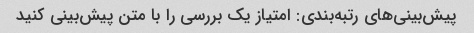
پیش‌بینی‌های رتبه‌بندی: امتیاز یک بررسی را با متن پیش‌بینی کنید